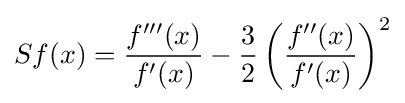
{\displaystyle Sf(x)={\frac {f'''(x)}{f'(x)}}-{\frac {3}{2}}\left({\frac {f''(x)}{f'(x)}}\right)^{2}}